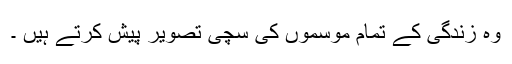
وہ زندگی کے تمام موسموں کی سچی تصویر پیش کرتے ہیں ۔